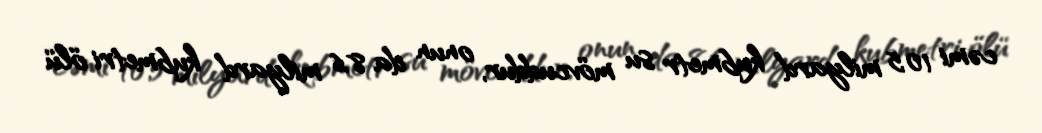
cəmi 10,5 milyard kubmetr su mövcuddur, onun da 8,6 milyard kubmetri ölü